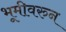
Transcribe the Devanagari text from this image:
भूमीवरुन